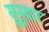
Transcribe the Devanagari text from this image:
सुनुवार